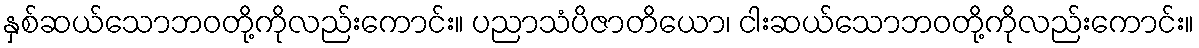
နှစ်ဆယ်သောဘဝတို့ကိုလည်းကောင်း။ ပညာသံပိဇာတိယော၊ ငါးဆယ်သောဘဝတို့ကိုလည်းကောင်း။